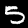
Label: 5